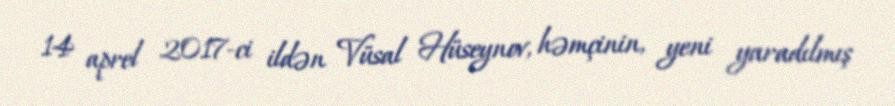
14 aprel 2017-ci ildən Vüsal Hüseynov, həmçinin, yeni yaradılmış